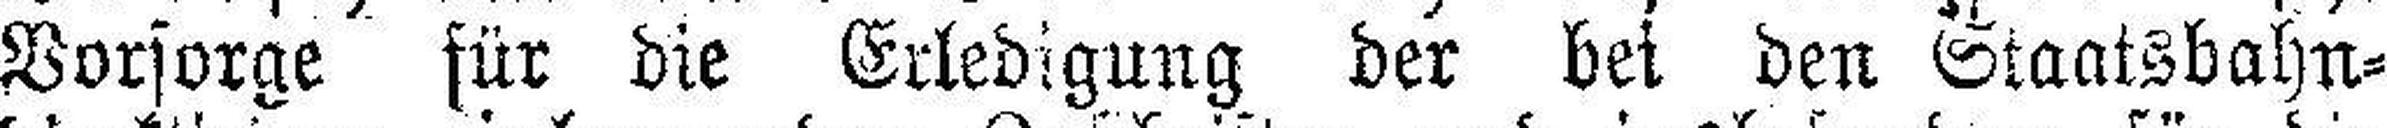
Vorsorge für die Erledigung der bei den Staatsbahn¬